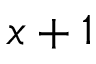
x + 1